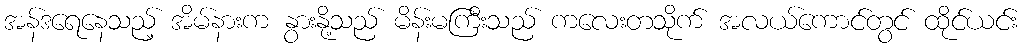
အန်ဒရေနေသည့် အိမ်နားက နွားနို့သည် မိန်းမကြီးသည် ကလေးတသိုက် အလယ်ကောင်တွင် ထိုင်ယင်း